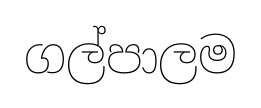
ගල්පාලම